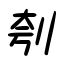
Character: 刳